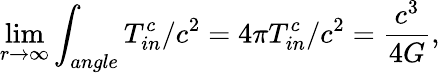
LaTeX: \operatorname*{lim}_{r\rightarrow\infty}\int_{angle}T_{in}^{c}/c^{2}=4\pi T_{in}^{c}/c^{2}=\frac{c^{3}}{4G},